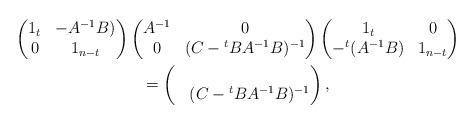
LaTeX: \begin{gather*}\begin{pmatrix}1_t& -A^{-1}B)\\0&1_{n-t}\end{pmatrix}\begin{pmatrix}A^{-1}&0\\0&(C-{}^tBA^{-1}B)^{-1}\end{pmatrix}\begin{pmatrix}1_t &0\\-{}^t(A^{-1}B)&1_{n-t}\end{pmatrix}\\=\begin{pmatrix}&\\ &(C-{}^tBA^{-1}B)^{-1}\end{pmatrix},\end{gather*}